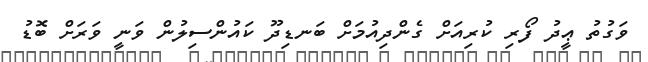
ވަގުތު ޢީދު ފޯރި ކުރިއަށް ގެންދިއުމަށް ބަނޑިދޫ ކައުންސިލުން ވަނީ ވަރަށް ބޮޑު